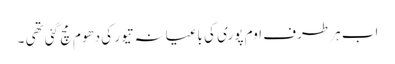
اب ہر طرف اوم پوری کی باغیانہ تیور کی دھوم مچ گئی تھی ۔